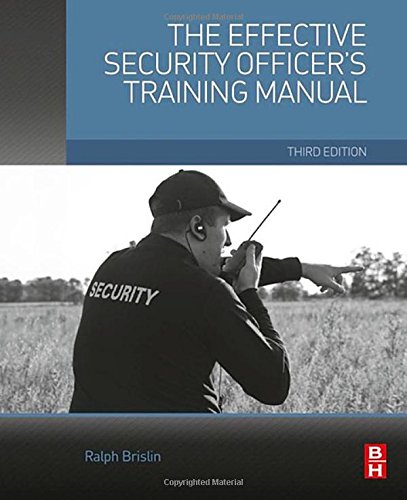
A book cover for The Effective Security Officer's Training Manual, Third Edition; Ralph Brislin CPP; Law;